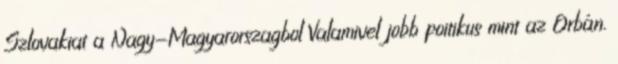
Szlovakiat a Nagy-Magyarorszagbol Valamivel jobb poitikus mint az Orbán.